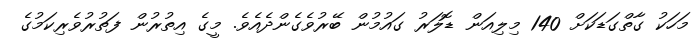
މަހަކު ގާތްގަޑަކަށް 140 މިލިއަން ޑޮލަރު ގައުމުން ބޭރުވެގެންދެއެވެ. މީގެ އިތުރުން ފަތުރުވެރިކަމުގެ